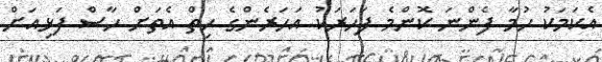
އެކަމަކު ހުމާ ފެންނަ ކޮންމެ ފަހަރަކު އަހަރެންގެ ހިތް އެތަށް ހާސް ފަޅިއަށް